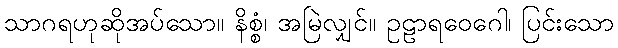
သာဂရဟုဆိုအပ်သော။ နိစ္စံ၊ အမြဲလျှင်။ ဥဠာရဝေဂေါ၊ ပြင်းသော